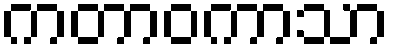
ကတာဝကာသာ